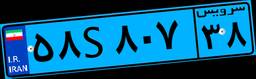
۵۸S۸۰۷۳۸